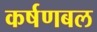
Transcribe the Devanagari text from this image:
कर्षणबल